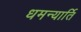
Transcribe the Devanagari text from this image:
धमन्यार्ति